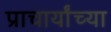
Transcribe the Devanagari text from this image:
प्राचार्यांच्या